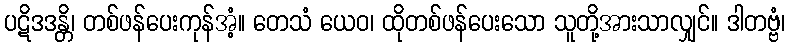
ပဋိဒဒန္တိ၊ တစ်ဖန်ပေးကုန်အံ့။ တေသံ ယေဝ၊ ထိုတစ်ဖန်ပေးသော သူတို့အားသာလျှင်။ ဒါတဗ္ဗံ၊